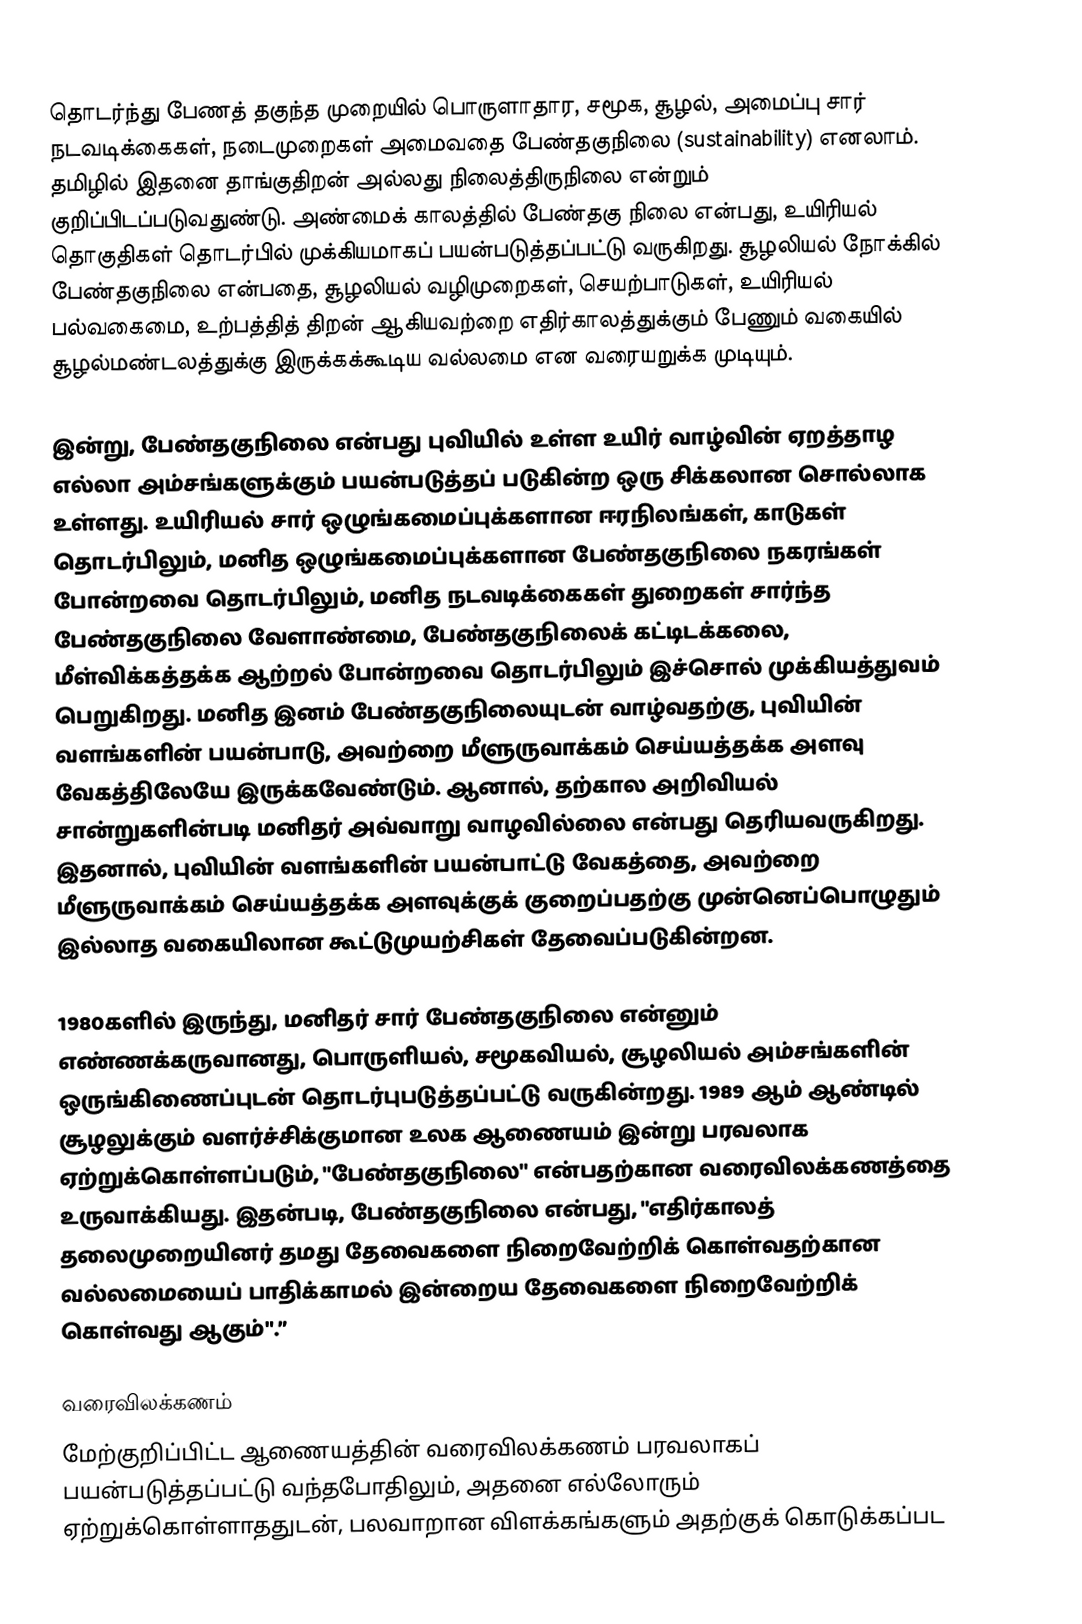
தொடர்ந்து பேணத் தகுந்த முறையில் பொருளாதார, சமூக, சூழல், அமைப்பு சார் நடவடிக்கைகள், நடைமுறைகள் அமைவதை பேண்தகுநிலை (sustainability) எனலாம்.  தமிழில் இதனை தாங்குதிறன் அல்லது நிலைத்திருநிலை என்றும் குறிப்பிடப்படுவதுண்டு.  அண்மைக் காலத்தில் பேண்தகு நிலை என்பது, உயிரியல் தொகுதிகள் தொடர்பில் முக்கியமாகப் பயன்படுத்தப்பட்டு வருகிறது. சூழலியல் நோக்கில் பேண்தகுநிலை என்பதை, சூழலியல் வழிமுறைகள், செயற்பாடுகள், உயிரியல் பல்வகைமை, உற்பத்தித் திறன் ஆகியவற்றை எதிர்காலத்துக்கும் பேணும் வகையில் சூழல்மண்டலத்துக்கு இருக்கக்கூடிய வல்லமை என வரையறுக்க முடியும்.

இன்று, பேண்தகுநிலை என்பது புவியில் உள்ள உயிர் வாழ்வின் ஏறத்தாழ எல்லா அம்சங்களுக்கும் பயன்படுத்தப் படுகின்ற ஒரு சிக்கலான சொல்லாக உள்ளது. உயிரியல் சார் ஒழுங்கமைப்புக்களான ஈரநிலங்கள், காடுகள் தொடர்பிலும், மனித ஒழுங்கமைப்புக்களான பேண்தகுநிலை நகரங்கள் போன்றவை தொடர்பிலும், மனித நடவடிக்கைகள் துறைகள் சார்ந்த பேண்தகுநிலை வேளாண்மை, பேண்தகுநிலைக் கட்டிடக்கலை, மீள்விக்கத்தக்க ஆற்றல் போன்றவை தொடர்பிலும் இச்சொல் முக்கியத்துவம் பெறுகிறது. மனித இனம் பேண்தகுநிலையுடன் வாழ்வதற்கு, புவியின் வளங்களின் பயன்பாடு, அவற்றை மீளுருவாக்கம் செய்யத்தக்க அளவு வேகத்திலேயே இருக்கவேண்டும். ஆனால், தற்கால அறிவியல் சான்றுகளின்படி மனிதர் அவ்வாறு வாழவில்லை என்பது தெரியவருகிறது. இதனால், புவியின் வளங்களின் பயன்பாட்டு வேகத்தை, அவற்றை மீளுருவாக்கம் செய்யத்தக்க அளவுக்குக் குறைப்பதற்கு முன்னெப்பொழுதும் இல்லாத வகையிலான கூட்டுமுயற்சிகள் தேவைப்படுகின்றன.

1980களில் இருந்து, மனிதர் சார் பேண்தகுநிலை என்னும் எண்ணக்கருவானது, பொருளியல், சமூகவியல், சூழலியல் அம்சங்களின் ஒருங்கிணைப்புடன் தொடர்புபடுத்தப்பட்டு வருகின்றது. 1989 ஆம் ஆண்டில் சூழலுக்கும் வளர்ச்சிக்குமான உலக ஆணையம் இன்று பரவலாக ஏற்றுக்கொள்ளப்படும், "பேண்தகுநிலை" என்பதற்கான வரைவிலக்கணத்தை உருவாக்கியது. இதன்படி, பேண்தகுநிலை என்பது, "எதிர்காலத் தலைமுறையினர் தமது தேவைகளை நிறைவேற்றிக் கொள்வதற்கான வல்லமையைப் பாதிக்காமல் இன்றைய தேவைகளை நிறைவேற்றிக் கொள்வது ஆகும்".”

வரைவிலக்கணம்
மேற்குறிப்பிட்ட ஆணையத்தின் வரைவிலக்கணம் பரவலாகப் பயன்படுத்தப்பட்டு வந்தபோதிலும், அதனை எல்லோரும் ஏற்றுக்கொள்ளாததுடன், பலவாறான விளக்கங்களும் அதற்குக் கொடுக்கப்பட